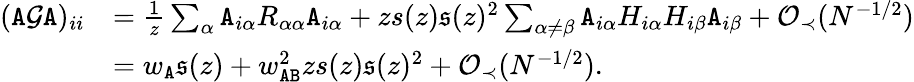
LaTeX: \begin{array}{rl}{({\texttt A}{\mathcal G}{\texttt A})_{ii}}&{=\frac{1}{z}\sum_{\alpha}{\texttt A}_{i\alpha}R_{\alpha\alpha}{\texttt A}_{i\alpha}+zs(z)\mathfrak{s}(z)^{2}\sum_{\alpha\neq\beta}{\texttt A}_{i\alpha}H_{i\alpha}H_{i\beta}{\texttt A}_{i\beta}+{\mathcal O}_{\prec}(N^{-1/2})}\\ &{=w_{\texttt A}\mathfrak{s}(z)+w_{{\texttt A}{\texttt B}}^{2}zs(z)\mathfrak{s}(z)^{2}+{\mathcal O}_{\prec}(N^{-1/2}).}\end{array}